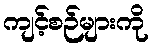
ကျင့်စဉ်များကို